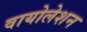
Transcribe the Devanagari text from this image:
वायोलेशन